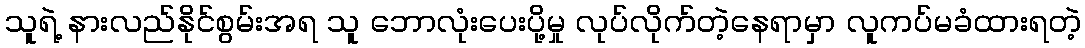
သူရဲ့ နားလည်နိုင်စွမ်းအရ သူ ဘောလုံးပေးပို့မှု လုပ်လိုက်တဲ့နေရာမှာ လူကပ်မခံထားရတဲ့